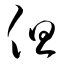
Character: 但